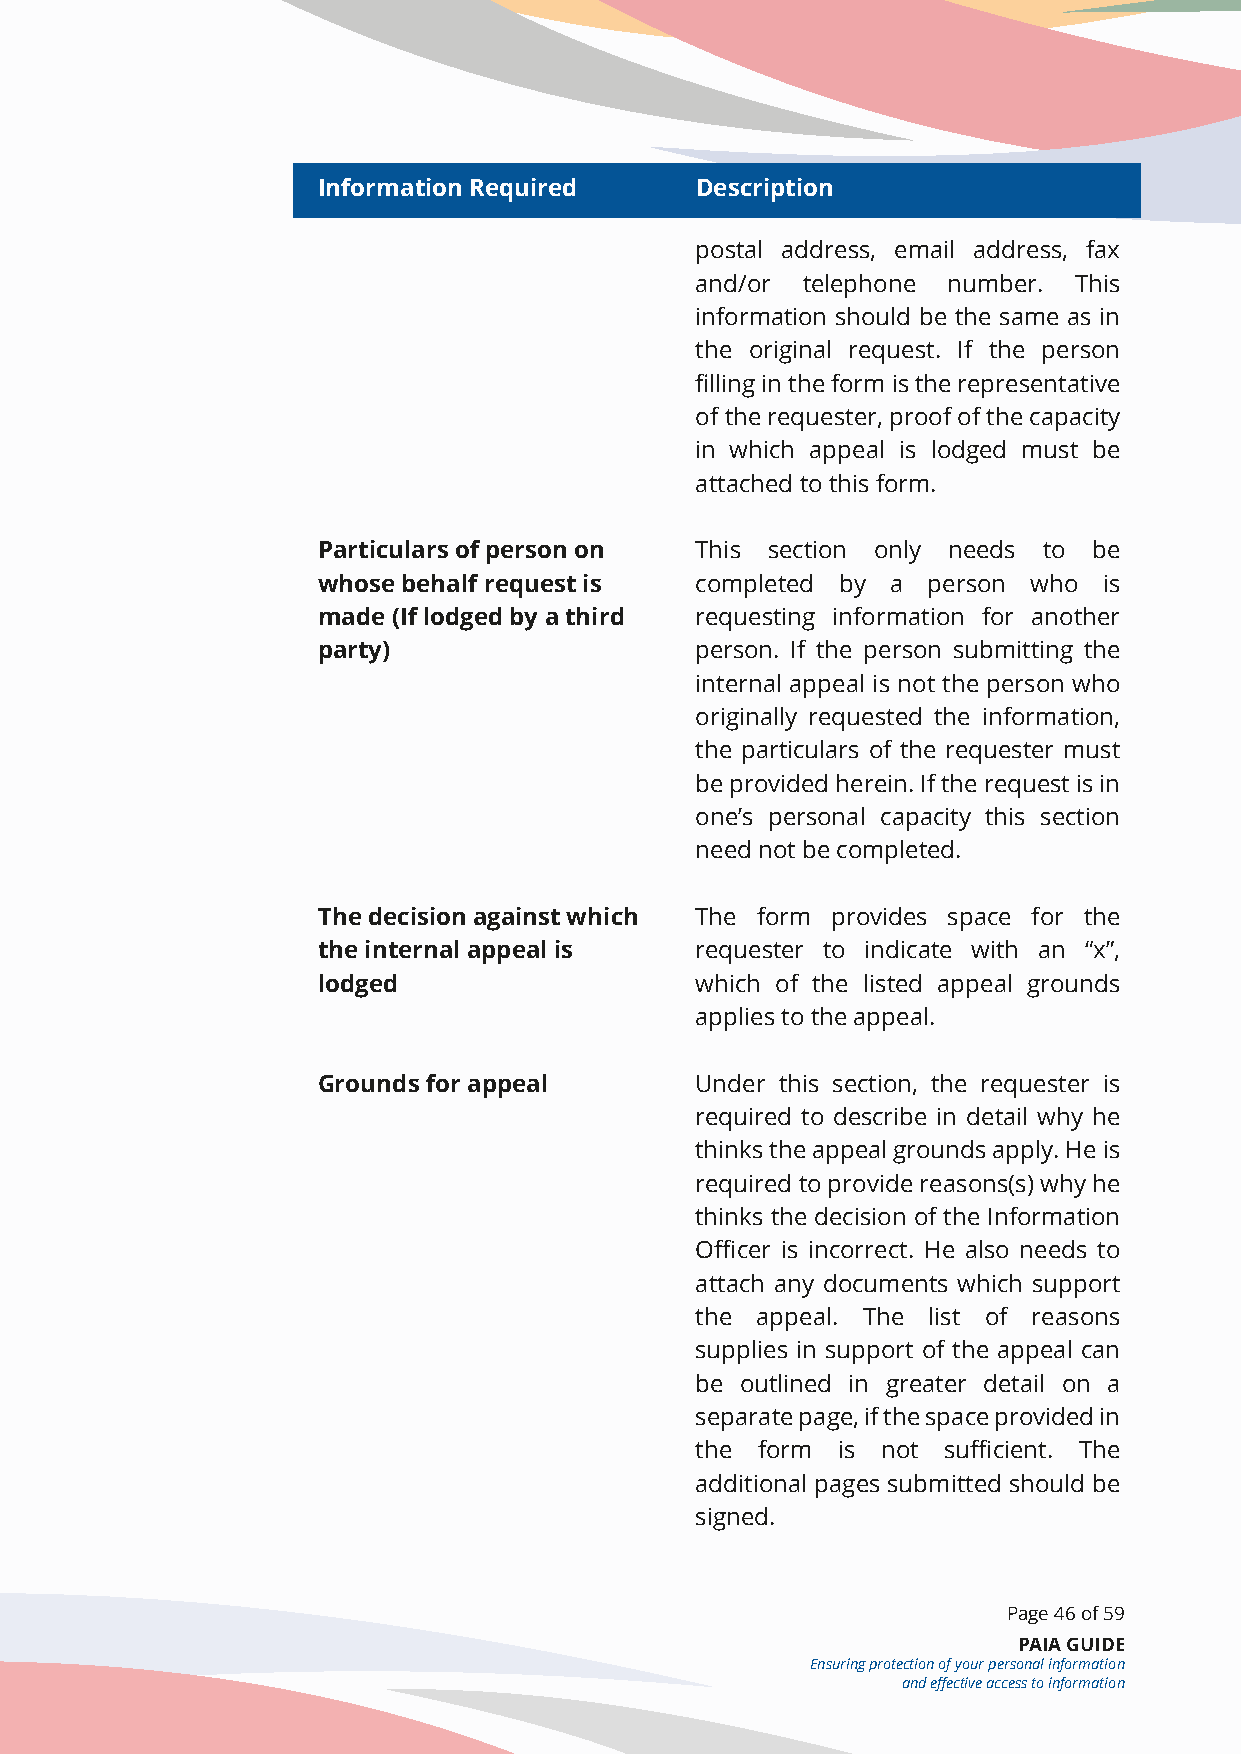
Information Required     Description
 postal address, email address, fax
 and/or telephone number. This
 information should be the same as in
 the original request. If the person
 filling in the form is the representative
 of the requester, proof of the capacity
 in which appeal is lodged must be
 attached to this form.
 Particulars of person on This section only needs to be
 whose behalf request is  completed by a person who  is
 made (If lodged by a third requesting information for another
 party)                   person. If the person submitting the
 internal appeal is not the person who
 originally requested the information,
 the particulars of the requester must
 be provided herein. If the request is in
 one’s personal capacity this section
 need not be completed.
 The decision against which The form provides space for the
 the internal appeal is   requester to indicate with an “x”,
 lodged                   which of the listed appeal grounds
 applies to the appeal.
 Grounds for appeal       Under this section, the requester is
 required to describe in detail why he
 thinks the appeal grounds apply. He is
 required to provide reasons(s) why he
 thinks the decision of the Information
 Officer is incorrect. He also needs to
 attach any documents which support
 the appeal. The list of reasons
 supplies in support of the appeal can
 be outlined in greater detail on a
 separate page, if the space provided in
 the form is not sufficient. The
 additional pages submitted should be
 signed.
 Page 46 of 59
 PAIA GUIDE
 Ensuring protection of your personal information
 and effective access to information